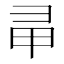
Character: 𢑖